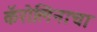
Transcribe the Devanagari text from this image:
कॅरोलिनाचा